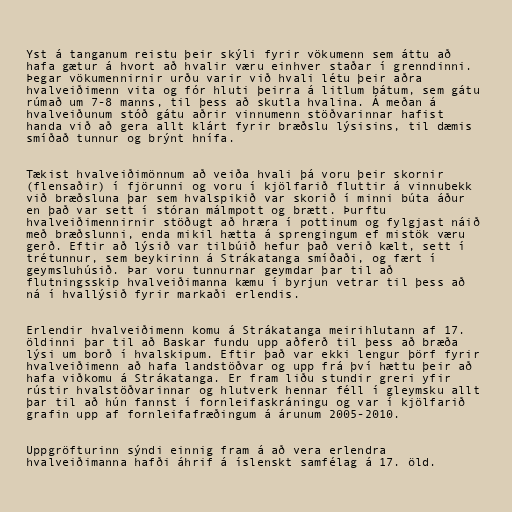
Yst á tanganum reistu þeir skýli fyrir vökumenn sem áttu að
hafa gætur á hvort að hvalir væru einhver staðar í grenndinni.
Þegar vökumennirnir urðu varir við hvali létu þeir aðra
hvalveiðimenn vita og fór hluti þeirra á litlum bátum, sem gátu
rúmað um 7-8 manns, til þess að skutla hvalina. Á meðan á
hvalveiðunum stóð gátu aðrir vinnumenn stöðvarinnar hafist
handa við að gera allt klárt fyrir bræðslu lýsisins, til dæmis
smíðað tunnur og brýnt hnífa.

Tækist hvalveiðimönnum að veiða hvali þá voru þeir skornir
(flensaðir) í fjörunni og voru í kjölfarið fluttir á vinnubekk
við bræðsluna þar sem hvalspikið var skorið í minni búta áður
en það var sett í stóran málmpott og brætt. Þurftu
hvalveiðimennirnir stöðugt að hræra í pottinum og fylgjast náið
með bræðslunni, enda mikil hætta á sprengingum ef mistök væru
gerð. Eftir að lýsið var tilbúið hefur það verið kælt, sett í
trétunnur, sem beykirinn á Strákatanga smíðaði, og fært í
geymsluhúsið. Þar voru tunnurnar geymdar þar til að
flutningsskip hvalveiðimanna kæmu í byrjun vetrar til þess að
ná í hvallýsið fyrir markaði erlendis.

Erlendir hvalveiðimenn komu á Strákatanga meirihlutann af 17.
öldinni þar til að Baskar fundu upp aðferð til þess að bræða
lýsi um borð í hvalskipum. Eftir það var ekki lengur þörf fyrir
hvalveiðimenn að hafa landstöðvar og upp frá því hættu þeir að
hafa viðkomu á Strákatanga. Er fram liðu stundir greri yfir
rústir hvalstöðvarinnar og hlutverk hennar féll í gleymsku allt
þar til að hún fannst í fornleifaskráningu og var í kjölfarið
grafin upp af fornleifafræðingum á árunum 2005-2010.

Uppgröfturinn sýndi einnig fram á að vera erlendra
hvalveiðimanna hafði áhrif á íslenskt samfélag á 17. öld.